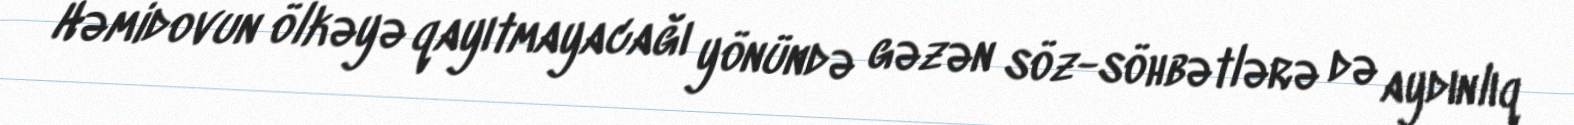
Həmidovun ölkəyə qayıtmayacağı yönündə gəzən söz-söhbətlərə də aydınlıq